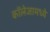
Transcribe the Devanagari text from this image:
कॉलेजामध्ये